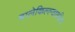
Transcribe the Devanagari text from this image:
बालेकिल्ल्यावरील